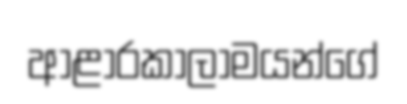
ආළාරකාලාමයන්ගේ